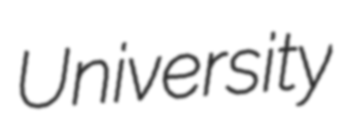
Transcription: University